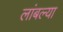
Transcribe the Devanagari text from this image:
लांबल्या